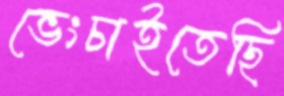
ভেংচাইতেছি